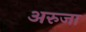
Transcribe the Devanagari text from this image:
अरुजा